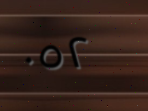
٠٥٢